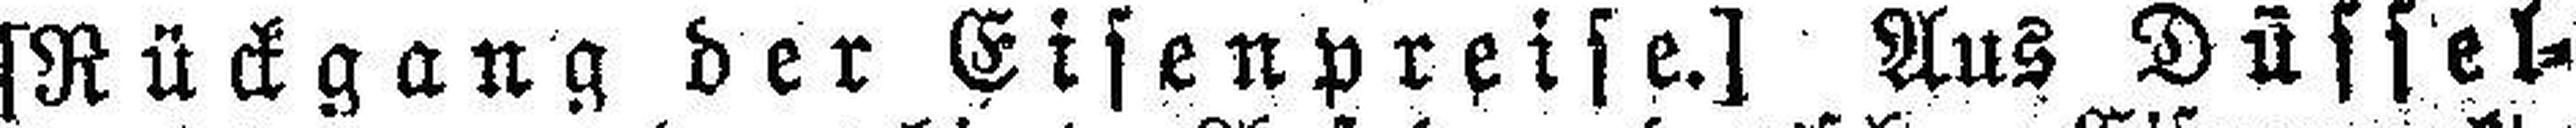
[Rückgang der Eisenpreise.] Aus Düssel¬